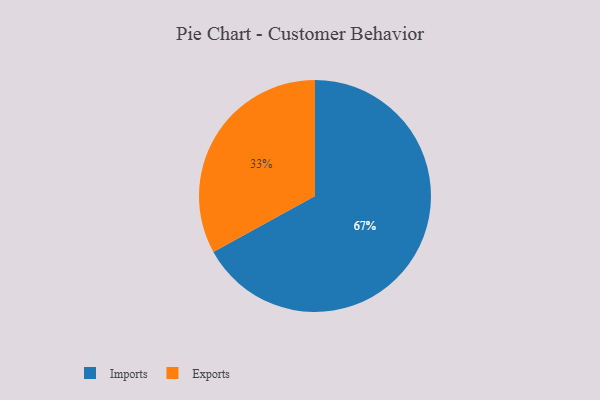
{"axis": {"x": "Category", "y": "Percentage"}, "legend": ["Exports", "Imports"], "data": [{"x": "Exports", "y": 33, "type": "Exports"}, {"x": "Imports", "y": 67, "type": "Imports"}]}